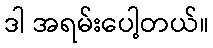
ဒါ အရမ်းပေါ့တယ်။